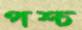
পশ্চ